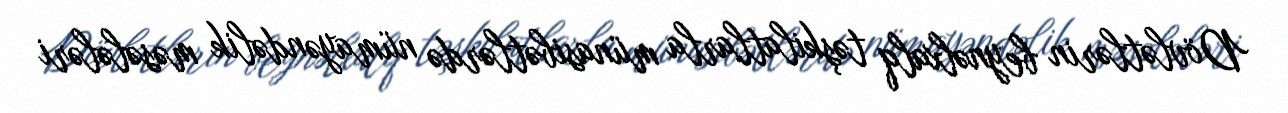
Dövlətlərin beynəlxalq təşkilatlarla münasibətlərdə nümayəndəlik məsələləri